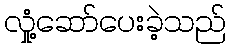
လှုံ့ဆော်ပေးခဲ့သည်